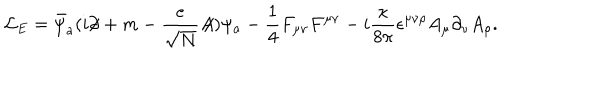
{ \cal L } _ { E } = \bar { \psi } _ { a } ( i \partial \! \! \! / + m - \frac { e } { \sqrt { N } } A \! \! \! / ) \psi _ { a } - \frac { 1 } { 4 } F _ { \mu \nu } F ^ { \mu \nu } - i \frac { \kappa } { 8 \pi } \epsilon ^ { \mu \nu \rho } A _ { \mu } \partial _ { \nu } A _ { \rho } .